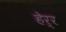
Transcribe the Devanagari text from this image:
हेर्र